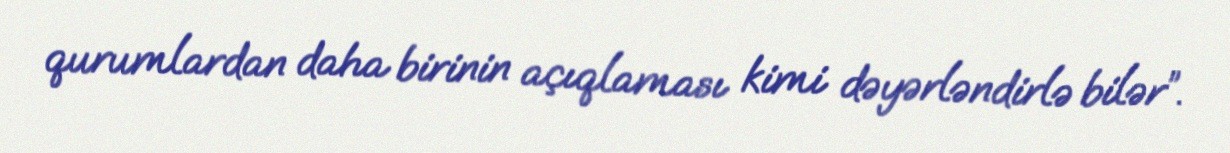
qurumlardan daha birinin açıqlaması kimi dəyərləndirlə bilər”.